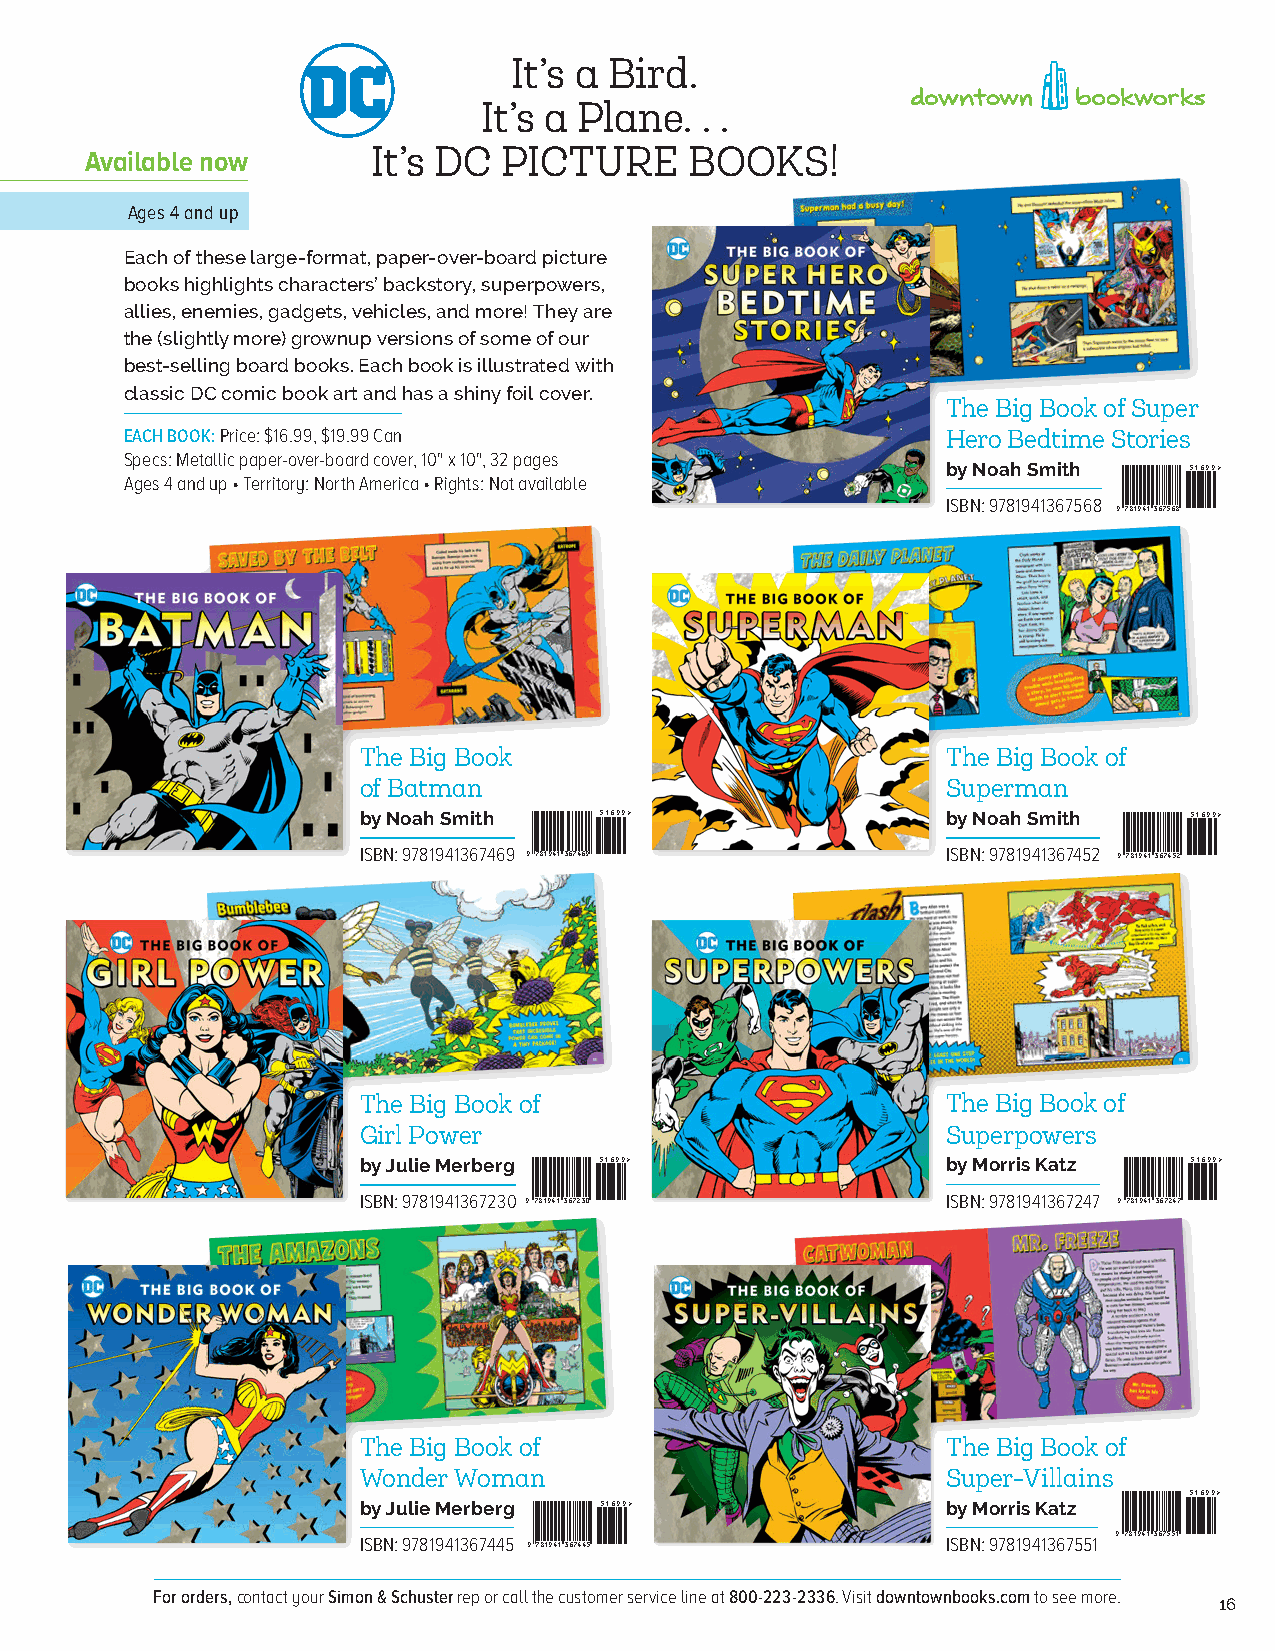
285 West Broadway, Suite 600 • New York, New York 10013
 P 646 613 0707 F 646 613 1011
 It’s a Bird.
 www.downtownbookworks.com
 It’s a Plane. . .
 It’s DC PICTURE      BOOKS!
 Available now
 Ages 4 and up
 Each of these large-format, paper-over-board picture
 books highlights characters’ backstory, superpowers,
 allies, enemies, gadgets, vehicles, and more! They are
 the (slightly more) grownup versions of some of our
 best-selling board books. Each book is illustrated with
 classic DC comic book art and has a shiny foil cover.
 The Big Book of Super
 EACH BOOK: Price: $16.99, $19.99 Can                   Hero Bedtime Stories
 Specs: Metallic paper-over-board cover, 10" x 10", 32 pages by Noah Smith ISBN 978-1-94136 57$ -1 16 5 66. 99 - 989 >
 Ages 4 and up • Territory: North America • Rights: Not available
 ISBN: 9781941367568
 9781941367568
 The Big Book                           The Big Book of
 of Batman                              Superman
 by Noah Smith ISBN 978-1-94136 5$ 71 1-6 4 6. 6 99 - 99 9 > by Noah Smith ISBN 978-1-94136 5$ 71 1-6 4 6. 5 99 - 99 2 >
 ISBN: 9781941367469 9781941367469      ISBN: 9781941367452 9781941367452
 The Big Book of                        The Big Book of
 Girl Power                             Superpowers
 $16.99                                 $16.99
 ISBN 978-1-941367-23-0                 ISBN 978-1-941367-24-7
 by Julie Merberg 51699>                by Morris Katz  51699>
 ISBN: 9781941367230 9781941367230      ISBN: 9781941367247 9781941367247
 The Big Book of                        The Big Book of
 Wonder Woman                           Super-Villains
 $16.99
 ISBN 978-1-94136$ 71 -6 4. 49 -9 5     ISBN 978-1-94136 57- 15 65 9- 91 >
 by Julie Merberg 51699>                by Morris Katz
 ISBN: 9781941367445 9781941367445      ISBN: 9781941367551 9781941367551
 For orders, contact your Simon & Schuster rep or call the customer service line at 800-223-2336. Visit downtownbooks.com to see more.
 16